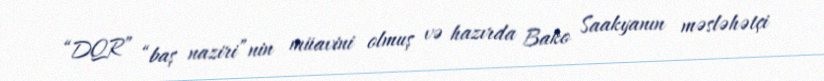
“DQR” “baş naziri”nin müavini olmuş və hazırda Bako Saakyanın məsləhətçi